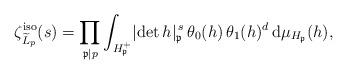
LaTeX: \begin{align*} \zeta_{\widetilde{L}_p}^\mathrm{iso}(s) = \prod_{\mathfrak{p} \mid p} \int_{H_\mathfrak{p}^+} \lvert \det h \rvert_\mathfrak{p}^{\, s} \, \theta_0(h) \, \theta_1(h)^d \, \mathrm{d}\mu_{H_\mathfrak{p}}(h),\end{align*}